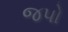
જપો